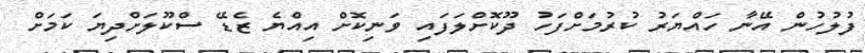
ފުލުހުން އޭނާ ހައްޔަރު ކުރުމަށްފަހު ދޫކޮށްލަފައި ވަނިކޮށް އިއްޔެ ޒެޑޭ ސްކޫލަށްދިޔަ ކަމަށް